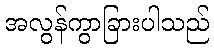
အလွန်ကွာခြားပါသည်